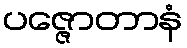
ပဇ္ဇောတာနံ